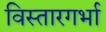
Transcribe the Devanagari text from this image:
विस्तारगर्भा